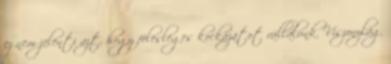
ez nem jelenti azt, hogy felesleges kockázatot vállalunk. Viszonylag